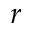
\boldsymbol { r }